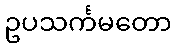
ဥပသင်္ကမတော